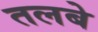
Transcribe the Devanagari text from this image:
तलबे